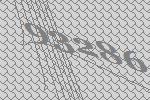
93286